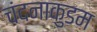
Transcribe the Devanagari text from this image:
चंदनाकुडम